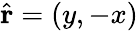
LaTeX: \widehat{\mathbf{r}}=(y,-x)